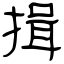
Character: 揖